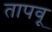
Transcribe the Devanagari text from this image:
तापवू